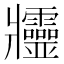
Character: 𤖥